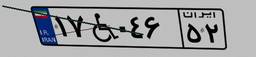
۱۷W۰۴۶۵۲